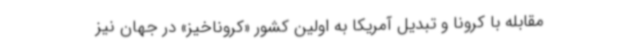
مقابله با کرونا و تبدیل آمریکا به اولین کشور «کروناخیز» در جهان نیز